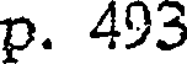
p. 493